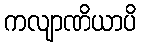
ကလျာဏိယာပိ